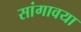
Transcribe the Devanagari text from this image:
सांगावया